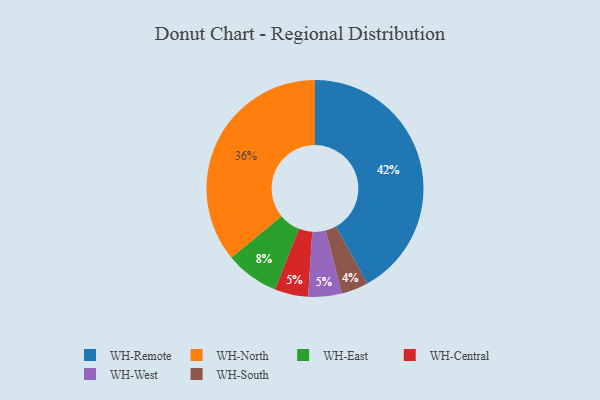
{"axis": {"x": "Category", "y": "Percentage"}, "legend": ["WH-Central", "WH-East", "WH-North", "WH-Remote", "WH-South", "WH-West"], "data": [{"x": "WH-Central", "y": 5, "type": "WH-Central"}, {"x": "WH-South", "y": 4, "type": "WH-South"}, {"x": "WH-Remote", "y": 42, "type": "WH-Remote"}, {"x": "WH-North", "y": 36, "type": "WH-North"}, {"x": "WH-East", "y": 8, "type": "WH-East"}, {"x": "WH-West", "y": 5, "type": "WH-West"}]}